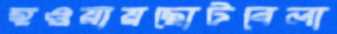
হওয়ায়ছোটবেলা